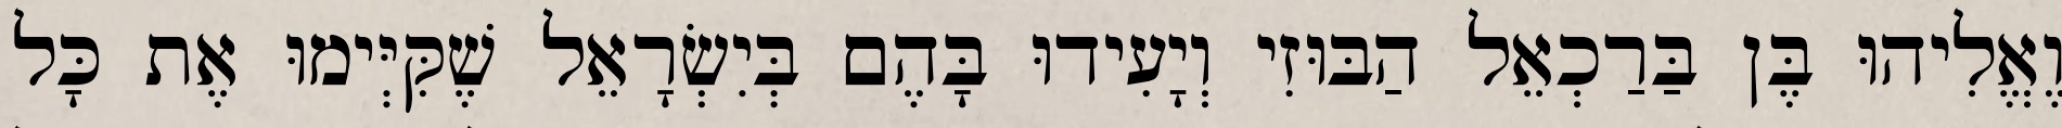
וֶאֱלִיהוּ בֶּן בַּרַכְאֵל הַבּוּזִי וְיָעִידוּ בָּהֶם בְּיִשְׂרָאֵל שֶׁקִּיְּימוּ אֶת כָּל